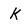
Character: k